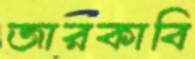
জারকাবি